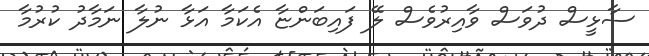
ސާޅީސް ދުވަސް ވާއިރުވެސް ލޭ ފައިބަންޏާ އެކަމާ އަޅާ ނުލާ ނަމާދު ކުރުމާ